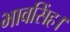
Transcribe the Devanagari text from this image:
भावसिंह।